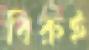
বিরুই